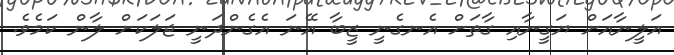
އަލީނާއަށް ޔަގީނާއި ގާތަށް އެނގެނީ ޒީބާ އޭނަ އެގެންދަނީ ޖަލަކަށް ލާން ކަމެވެ.